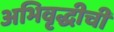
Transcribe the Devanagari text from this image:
अभिवृद्धीची